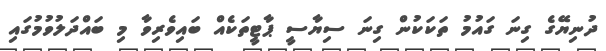
ދުނިޔޭގެ ގިނަ ގައުމު ތަކަކުން ގިނަ ސިޔާސީ ޕާޓީތަކެއް ބައިވެރިވާ މި ބައްދަލުވުމުގައި